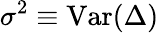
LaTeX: \sigma^{2}\equiv\mathrm{Var}(\Delta)